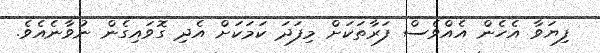
ފިޔަވާ އެހެން އެއްވެސް ފަރާތަކަށް މިފަދަ ކަމަކަށް އެދި ގޮވައިގެން ނުވާނެއެވެ.